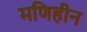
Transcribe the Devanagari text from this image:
मणिहीन